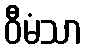
ဝီမံသာ